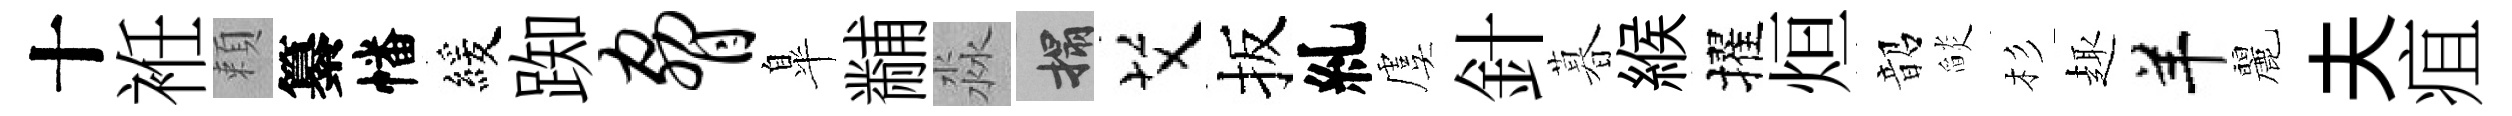
十袵頼纂幡緩踟胁臯黼淼搨艾扳糺虞針暮緱擢烜韶𦦨杉趣羊麗夫疽